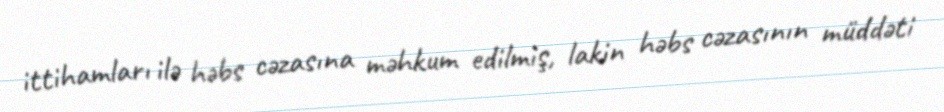
ittihamları ilə həbs cəzasına məhkum edilmiş, lakin həbs cəzasının müddəti